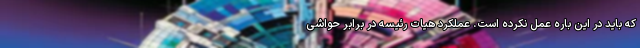
که باید در این باره عمل نکرده است. عملکرد هیات رئیسه در برابر حواشی